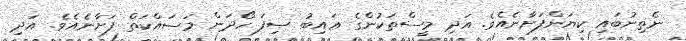
ނެތިނުބައި ކިޔަންފަށާނެއެވެ. އަދި މީސްތަކުންގެ ޢައިބު ޞިފަ ހޯދަން މަސައްކަތް ފަށާނެއެވެ. އަދި